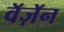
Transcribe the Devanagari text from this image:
वॅज़ॅन